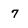
Character: 7